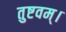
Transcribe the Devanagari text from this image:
तुष्टवम्।